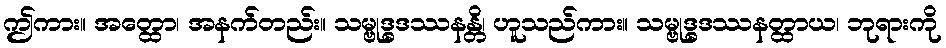
ဤကား။ အတ္ထော၊ အနက်တည်း။ သမ္ဗုဒ္ဓဒဿနန္တိ၊ ဟူသည်ကား။ သမ္ဗုဒ္ဓဒဿနတ္ထာယ၊ ဘုရားကို